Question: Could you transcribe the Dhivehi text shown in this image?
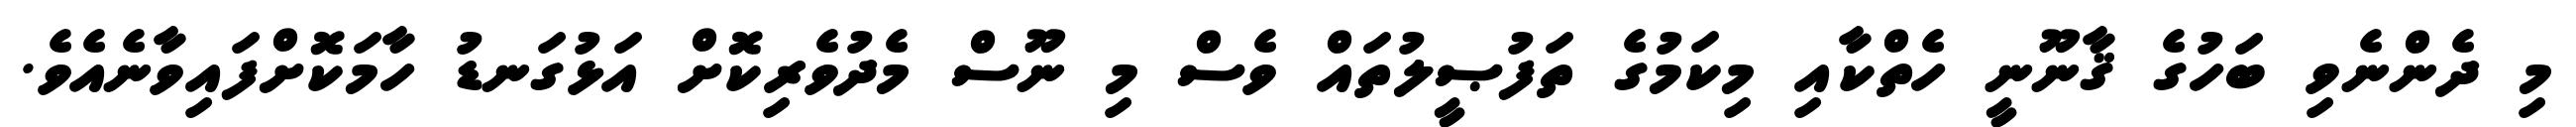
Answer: މި ދެންނެވި ބަހުގެ ޤާނޫނީ ހެތްކާއި މިކަމުގެ ތަފުޞީލުތައް ވެސް މި ނޫސް މެދުވެރިކޮށް އަޅުގަނޑު ހާމަކޮށްފައިވާނެއެވެ.